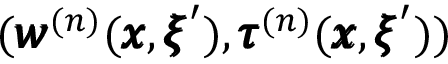
( { \pmb w } ^ { ( n ) } ( { \pmb x } , { \pmb \xi } ^ { \prime } ) , { \pmb \tau } ^ { ( n ) } ( { \pmb x } , { \pmb \xi } ^ { \prime } ) )